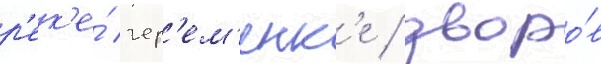
р'ек'е́ чер'ем'енк'е / дворо́в